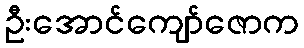
ဦးအောင်ကျော်ဇောက